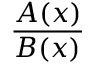
\frac { A ( x ) } { B ( x ) }